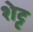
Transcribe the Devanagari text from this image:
शेट्ट